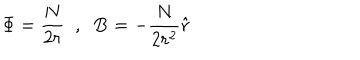
LaTeX: \Phi = \frac { N } { 2 r } \; \; , \; \; \mathbf { B } = - \frac { N } { 2 r ^ { 2 } } \hat { \mathbf { r } }